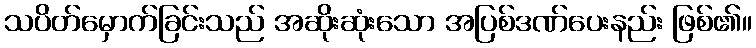
သပိတ်မှောက်ခြင်းသည် အဆိုးဆုံးသော အပြစ်ဒဏ်ပေးနည်း ဖြစ်၏။